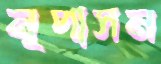
নৃপাসন